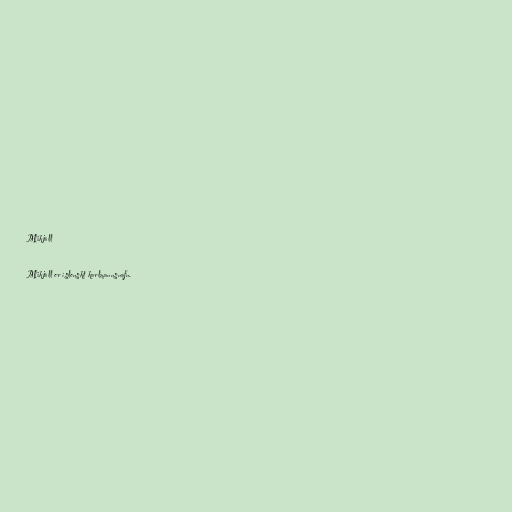
Mikjáll

Mikjáll er íslenskt karlmannsnafn.